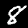
Label: 8